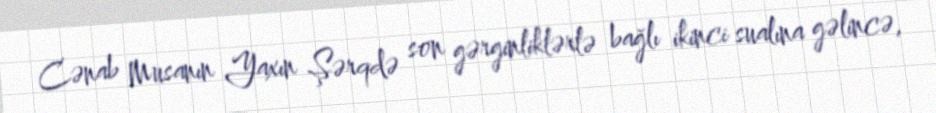
Cənab Musanın Yaxın Şərqdə son gərginliklərlə bağlı ikinci sualına gəlincə,